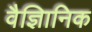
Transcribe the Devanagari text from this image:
वैज्ञिानिक